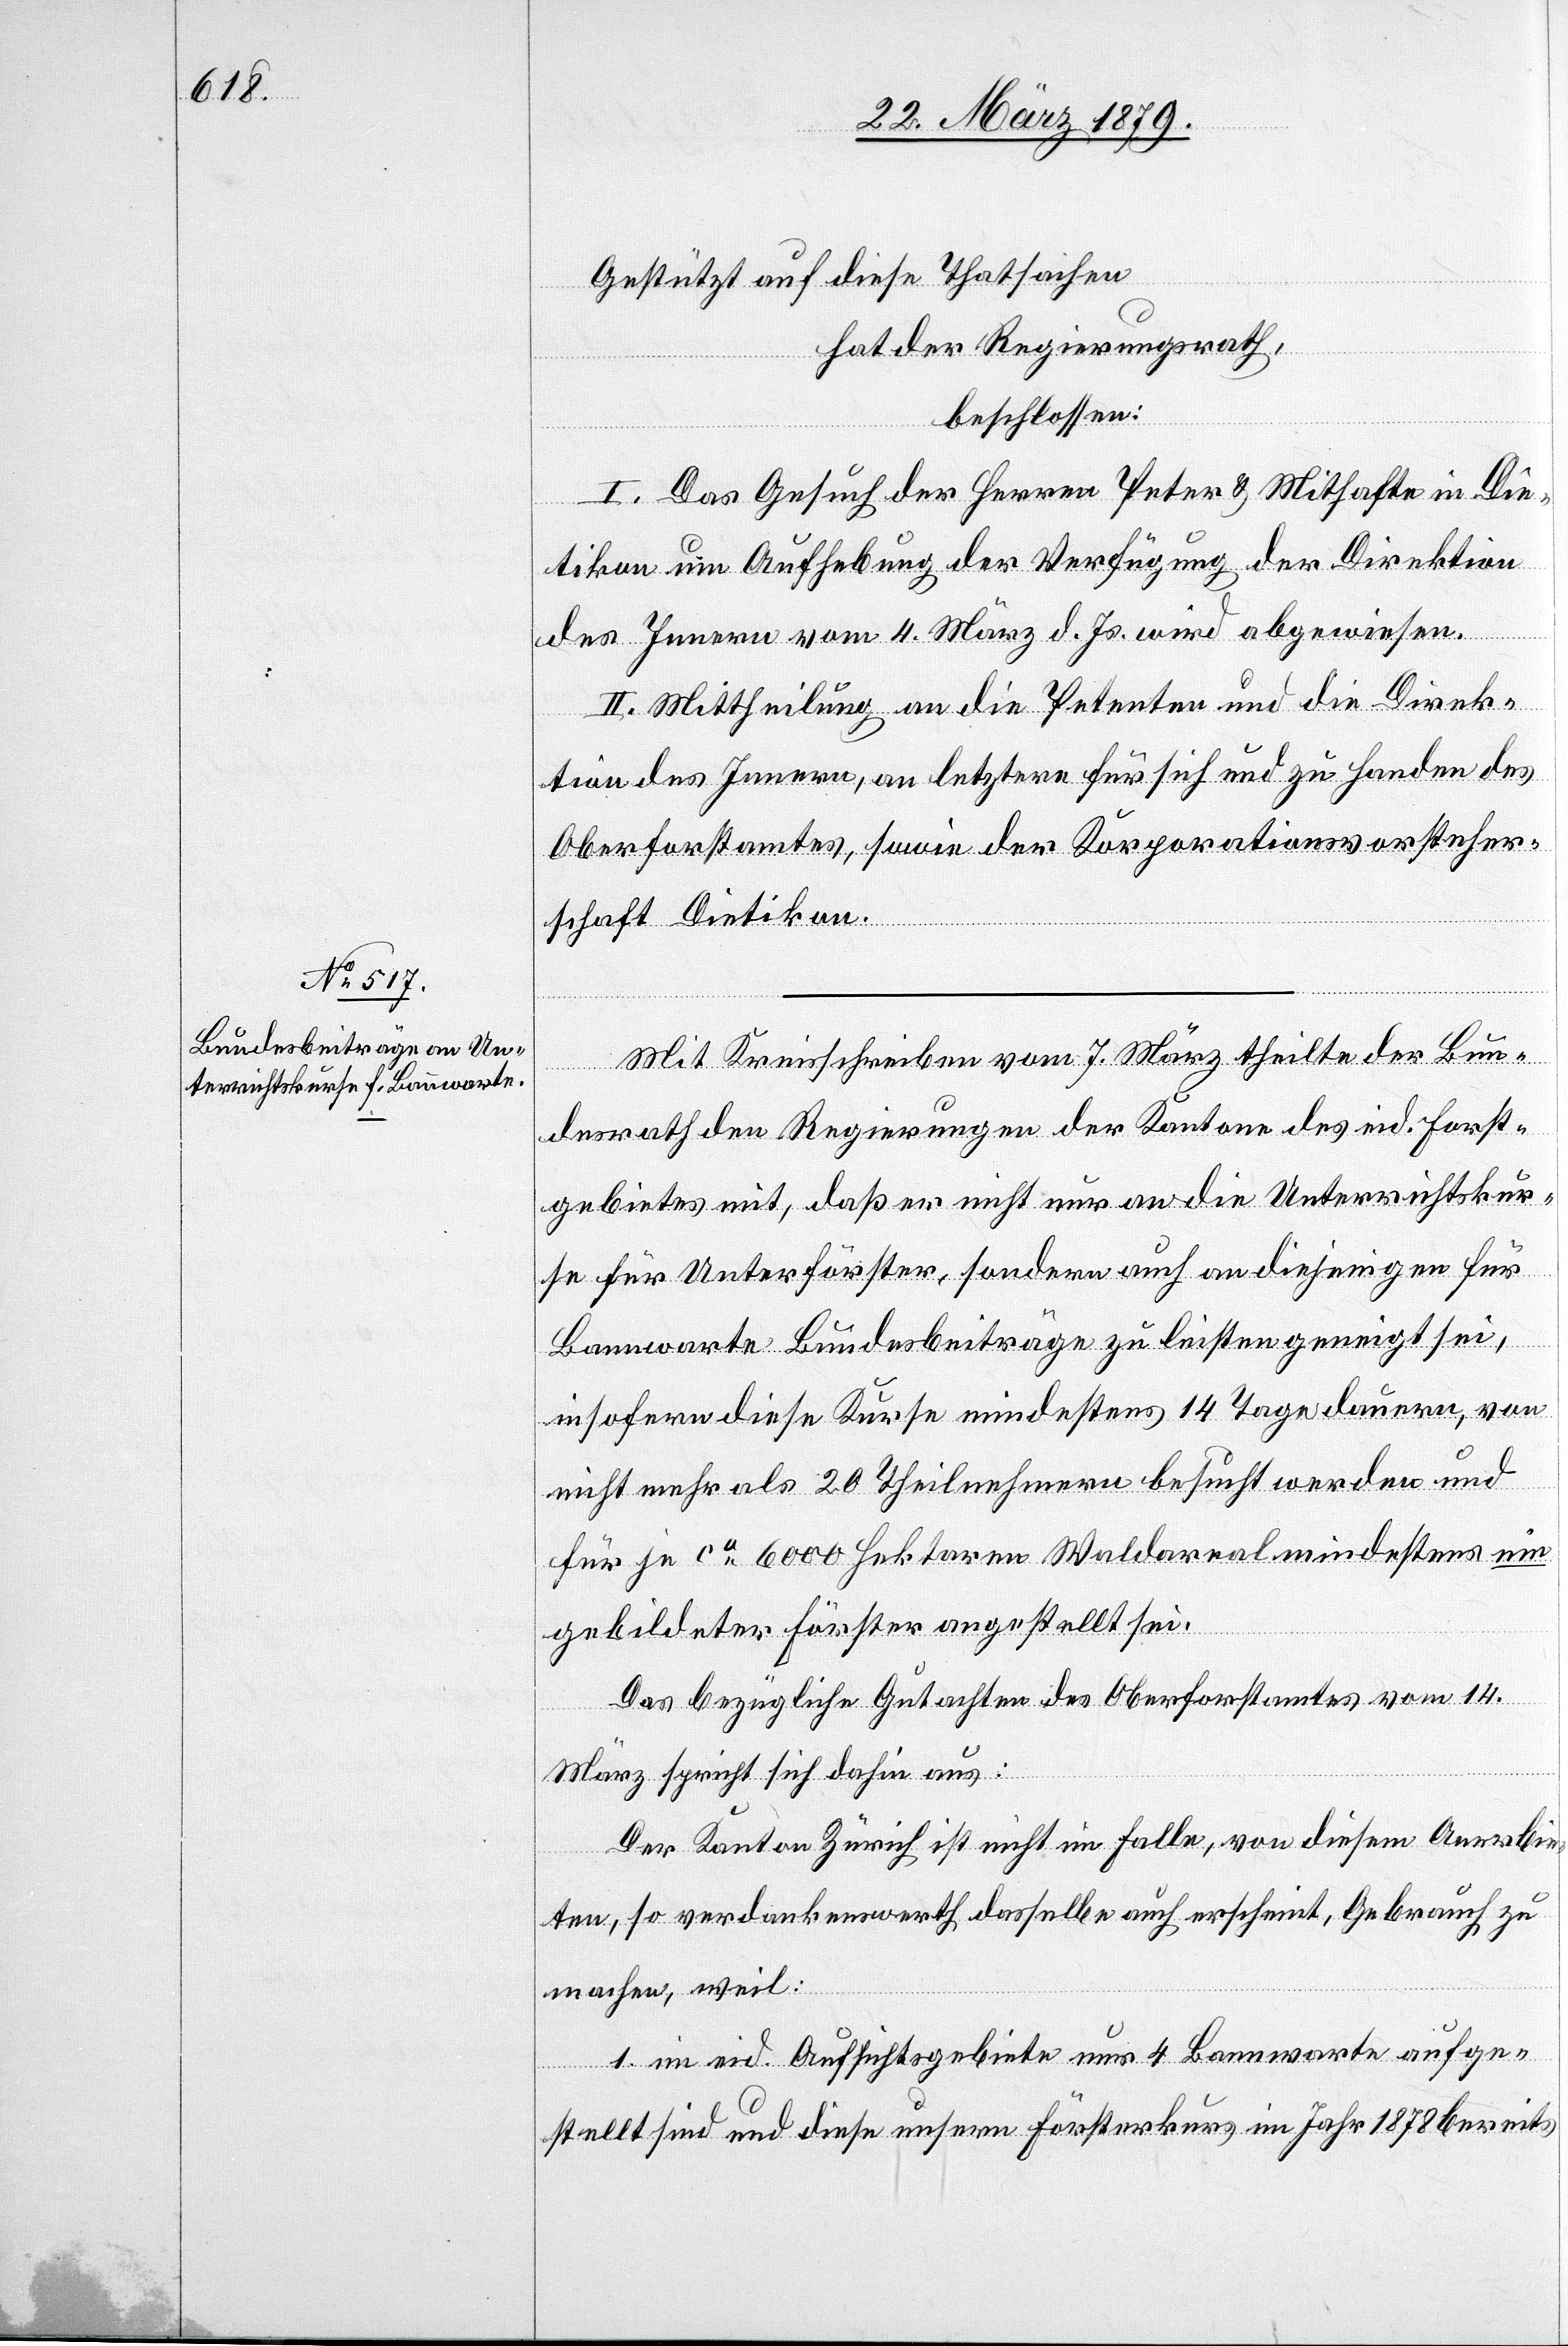
Gestützt auf diese Thatsachen
hat der Regierungsrath,
beschlossen:
I. Das Gesuch der Herren Peter & Mithafte in Die¬
tikon um Aufhebung der Verfügung der Direktion
des Innern vom 4. März d. Js. wird abgewiesen.
II. Mittheilung an die Petenten und die Direk¬
tion des Innern, an letztere für sich und zu Handen des
Oberforstamtes, sowie der Korporationsvorsteher¬
schaft Dietikon.
Mit Kreisschreiben vom 7. März theilte der Bun¬
desrath den Regierungen der Kantone des eid. Forst¬
gebietes mit, daß er nicht nur an die Unterrichtskur¬
se für Unterförster, sondern auch an diejenigen für
Bannwarte Bundesbeiträge zu leisten geneigt sei,
insofern diese Kurse mindestens 14 Tage dauern, von
nicht mehr als 20 Theilnehmern besucht werden und
für je ca 6000 Hektaren Waldareal mindestens ein
gebildeter Förster angestellt sei.
Das bezügliche Gutachten des Oberforstamtes vom 14.
März spricht sich dahin aus:
Der Kanton Zürich ist nicht im Falle, von diesem Anerbie¬
ten, so verdankenswerth dasselbe auch erscheint, Gebrauch zu
machen, weil:
1. im eid. Aufsichtsgebiete nur 4 Bannwarte aufge¬
stellt sind und diese unsern Försterkurs im Jahr 1878 bereits